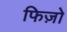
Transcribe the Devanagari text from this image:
फिज़ो